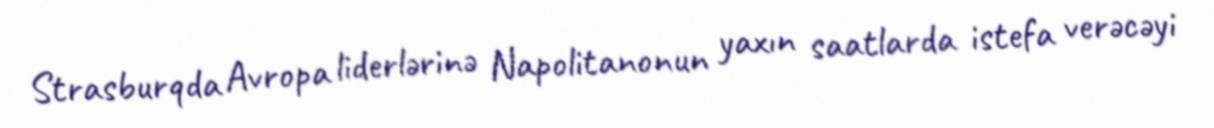
Strasburqda Avropa liderlərinə Napolitanonun yaxın saatlarda istefa verəcəyi